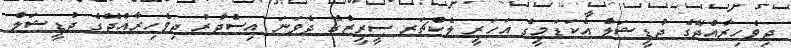
ދިވެހިރާއްޖޭގެ ޖުޑީޝަލް އެކަޑަމީގެ އަހަރީ ލެކްޗަރ ސީރީޒްގެ ދެވަނަ އިސްދާރު ދިވެހިރާއްޖޭގެ ޖުޑީޝަލް